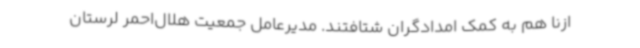
ازنا هم به کمک امدادگران شتافتند. مدیرعامل جمعیت هلال‌احمر لرستان